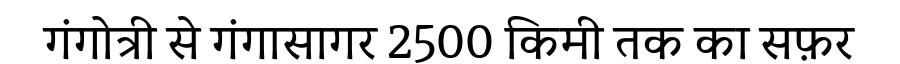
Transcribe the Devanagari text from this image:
गंगोत्री से गंगासागर 2500 किमी तक का सफ़र